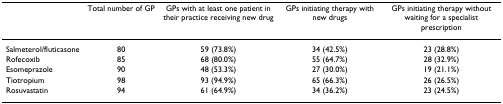
<table><thead><tr><td></td><td><b>Total number of GP</b></td><td><b>GPs with at least one patient in their practice receiving new drug</b></td><td><b>GPs initiating therapy with new drugs</b></td><td><b>GPs initiating therapy without waiting for a specialist prescription</b></td></tr></thead><tbody><tr><td>Salmeterol/fluticasone</td><td>80</td><td>59 (73.8%)</td><td>34 (42.5%)</td><td>23 (28.8%)</td></tr><tr><td>Rofecoxib</td><td>85</td><td>68 (80.0%)</td><td>55 (64.7%)</td><td>28 (32.9%)</td></tr><tr><td>Esomeprazole</td><td>90</td><td>48 (53.3%)</td><td>27 (30.0%)</td><td>19 (21.1%)</td></tr><tr><td>Tiotropium</td><td>98</td><td>93 (94.9%)</td><td>65 (66.3%)</td><td>26 (26.5%)</td></tr><tr><td>Rosuvastatin</td><td>94</td><td>61 (64.9%)</td><td>34 (36.2%)</td><td>23 (24.5%)</td></tr></tbody></table>